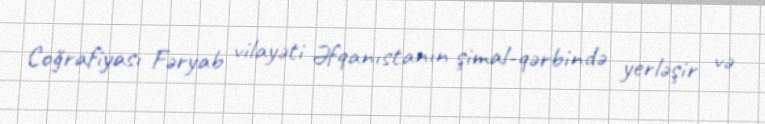
Coğrafiyası Fəryab vilayəti Əfqanıstanın şimal-qərbində yerləşir və